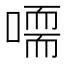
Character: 𠽴